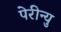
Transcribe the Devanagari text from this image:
पेरीन्यु